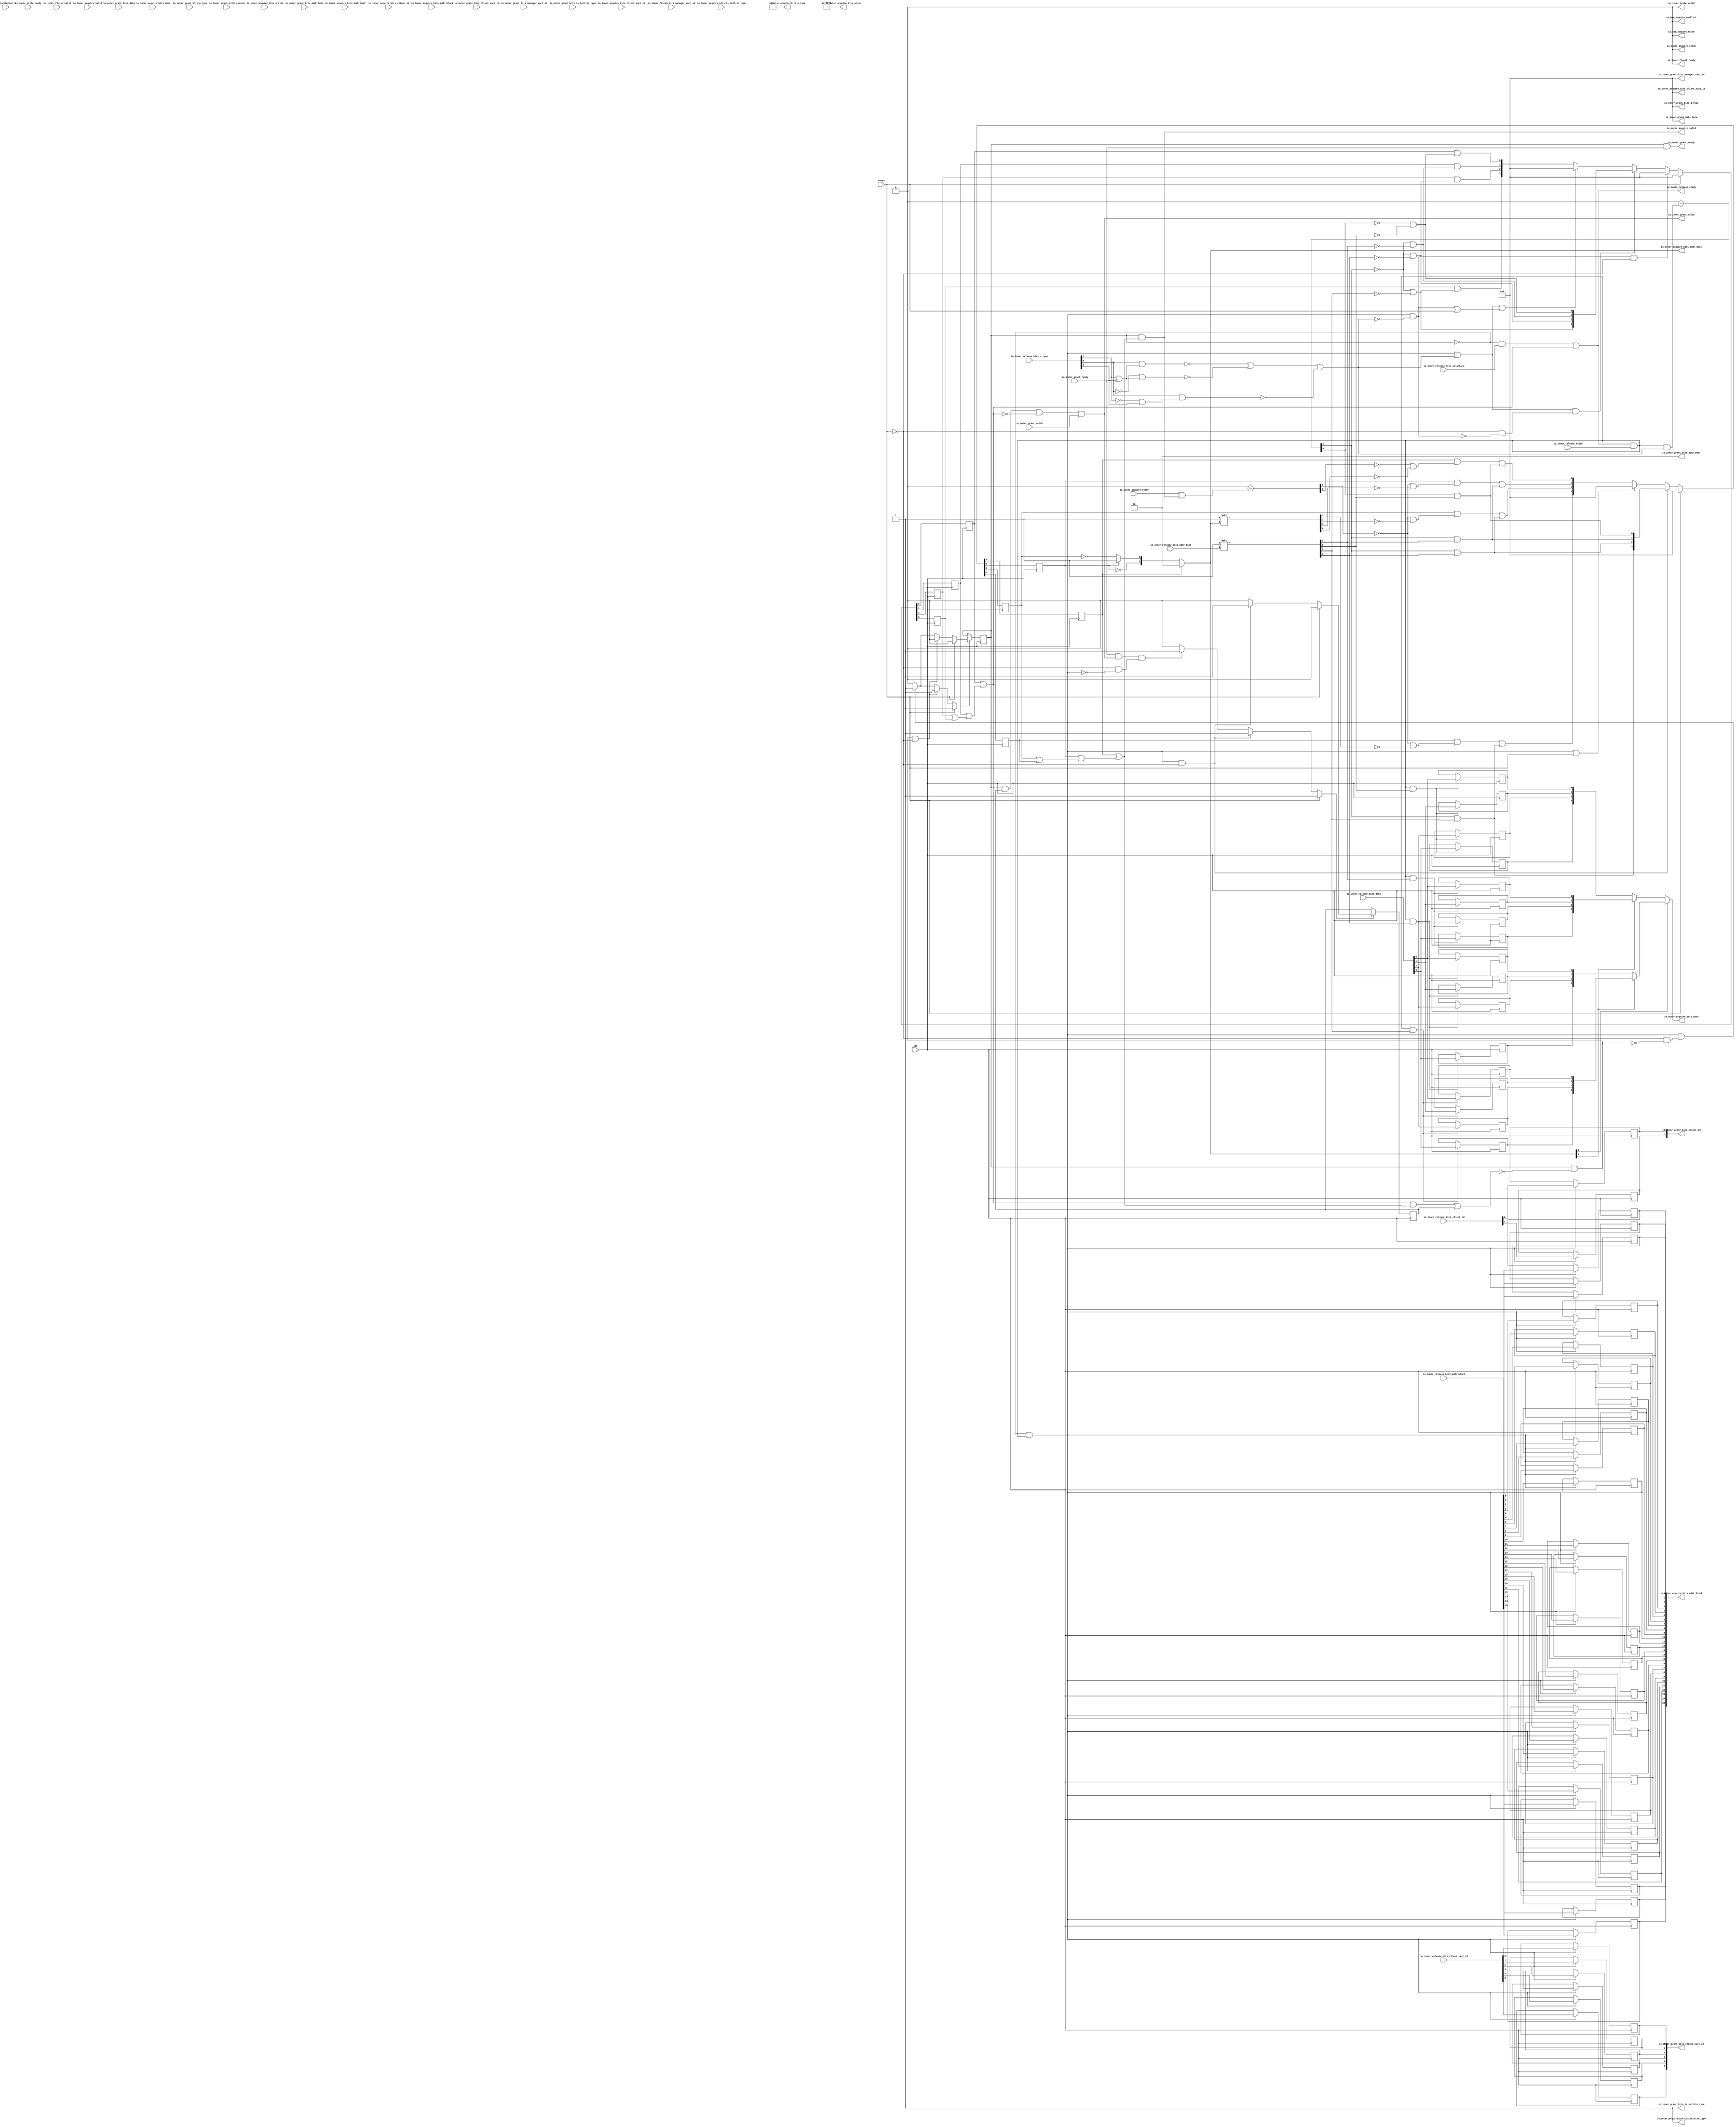
// This program was cloned from: https://github.com/NYU-MLDA/OpenABC
// License: BSD 3-Clause "New" or "Revised" License

module BroadcastVoluntaryReleaseTracker
(
  clk,
  reset,
  io_inner_acquire_ready,
  io_inner_acquire_valid,
  io_inner_acquire_bits_addr_block,
  io_inner_acquire_bits_client_xact_id,
  io_inner_acquire_bits_addr_beat,
  io_inner_acquire_bits_is_builtin_type,
  io_inner_acquire_bits_a_type,
  io_inner_acquire_bits_union,
  io_inner_acquire_bits_data,
  io_inner_acquire_bits_client_id,
  io_inner_grant_ready,
  io_inner_grant_valid,
  io_inner_grant_bits_addr_beat,
  io_inner_grant_bits_client_xact_id,
  io_inner_grant_bits_manager_xact_id,
  io_inner_grant_bits_is_builtin_type,
  io_inner_grant_bits_g_type,
  io_inner_grant_bits_data,
  io_inner_grant_bits_client_id,
  io_inner_finish_ready,
  io_inner_finish_valid,
  io_inner_finish_bits_manager_xact_id,
  io_inner_probe_ready,
  io_inner_probe_valid,
  io_inner_release_ready,
  io_inner_release_valid,
  io_inner_release_bits_addr_beat,
  io_inner_release_bits_addr_block,
  io_inner_release_bits_client_xact_id,
  io_inner_release_bits_voluntary,
  io_inner_release_bits_r_type,
  io_inner_release_bits_data,
  io_inner_release_bits_client_id,
  io_incoherent_0,
  io_outer_acquire_ready,
  io_outer_acquire_valid,
  io_outer_acquire_bits_addr_block,
  io_outer_acquire_bits_client_xact_id,
  io_outer_acquire_bits_addr_beat,
  io_outer_acquire_bits_is_builtin_type,
  io_outer_acquire_bits_a_type,
  io_outer_acquire_bits_union,
  io_outer_acquire_bits_data,
  io_outer_grant_ready,
  io_outer_grant_valid,
  io_outer_grant_bits_addr_beat,
  io_outer_grant_bits_client_xact_id,
  io_outer_grant_bits_manager_xact_id,
  io_outer_grant_bits_is_builtin_type,
  io_outer_grant_bits_g_type,
  io_outer_grant_bits_data,
  io_has_acquire_conflict,
  io_has_acquire_match
);

  input [25:0] io_inner_acquire_bits_addr_block;
  input [5:0] io_inner_acquire_bits_client_xact_id;
  input [1:0] io_inner_acquire_bits_addr_beat;
  input [2:0] io_inner_acquire_bits_a_type;
  input [16:0] io_inner_acquire_bits_union;
  input [3:0] io_inner_acquire_bits_data;
  input [1:0] io_inner_acquire_bits_client_id;
  output [1:0] io_inner_grant_bits_addr_beat;
  output [5:0] io_inner_grant_bits_client_xact_id;
  output [3:0] io_inner_grant_bits_manager_xact_id;
  output [3:0] io_inner_grant_bits_g_type;
  output [3:0] io_inner_grant_bits_data;
  output [1:0] io_inner_grant_bits_client_id;
  input [3:0] io_inner_finish_bits_manager_xact_id;
  input [1:0] io_inner_release_bits_addr_beat;
  input [25:0] io_inner_release_bits_addr_block;
  input [5:0] io_inner_release_bits_client_xact_id;
  input [2:0] io_inner_release_bits_r_type;
  input [3:0] io_inner_release_bits_data;
  input [1:0] io_inner_release_bits_client_id;
  output [25:0] io_outer_acquire_bits_addr_block;
  output [3:0] io_outer_acquire_bits_client_xact_id;
  output [1:0] io_outer_acquire_bits_addr_beat;
  output [2:0] io_outer_acquire_bits_a_type;
  output [16:0] io_outer_acquire_bits_union;
  output [3:0] io_outer_acquire_bits_data;
  input [1:0] io_outer_grant_bits_addr_beat;
  input [3:0] io_outer_grant_bits_client_xact_id;
  input [3:0] io_outer_grant_bits_g_type;
  input [3:0] io_outer_grant_bits_data;
  input clk;
  input reset;
  input io_inner_acquire_valid;
  input io_inner_acquire_bits_is_builtin_type;
  input io_inner_grant_ready;
  input io_inner_finish_valid;
  input io_inner_probe_ready;
  input io_inner_release_valid;
  input io_inner_release_bits_voluntary;
  input io_incoherent_0;
  input io_outer_acquire_ready;
  input io_outer_grant_valid;
  input io_outer_grant_bits_manager_xact_id;
  input io_outer_grant_bits_is_builtin_type;
  output io_inner_acquire_ready;
  output io_inner_grant_valid;
  output io_inner_grant_bits_is_builtin_type;
  output io_inner_finish_ready;
  output io_inner_probe_valid;
  output io_inner_release_ready;
  output io_outer_acquire_valid;
  output io_outer_acquire_bits_is_builtin_type;
  output io_outer_grant_ready;
  output io_has_acquire_conflict;
  output io_has_acquire_match;
  wire [1:0] io_inner_grant_bits_addr_beat,io_outer_acquire_bits_addr_beat,T158;
  wire [3:0] io_inner_grant_bits_manager_xact_id,io_inner_grant_bits_g_type,
  io_inner_grant_bits_data,io_outer_acquire_bits_client_xact_id,io_outer_acquire_bits_data,T46,T21,
  T32,T22,T23,T33,T36,T34,T35,T47,T72,T59,T60,T63,T61,T62,T75,T73,T74,T109,T97,
  T101;
  wire [2:0] io_outer_acquire_bits_a_type;
  wire [16:0] io_outer_acquire_bits_union;
  wire io_inner_acquire_ready,io_inner_grant_valid,io_inner_grant_bits_is_builtin_type,
  io_inner_finish_ready,io_inner_probe_valid,io_inner_release_ready,
  io_outer_acquire_valid,io_outer_acquire_bits_is_builtin_type,io_outer_grant_ready,
  io_has_acquire_conflict,io_has_acquire_match,N0,N1,N2,N3,N4,N5,N6,N7,N8,T13,T10,T11,
  all_pending_done,T14,T18,T17,T24_0,T31,T26,T28,T37_0,T45,T39,T40,T42,T48_0,T55,T50,T52,
  T90,T84,T64_0,T71,T66,T68,T76_0,T83,T78,T80,T85,T87,T91,N9,N10,T99,T103,T105,N11,
  N12,N13,T111,T114,T132,T144,T146,N14,N15,N16,N17,N18,N19,N20,N21,N22,N23,N24,
  N25,N26,N27,N28,N29,N30,N31,N32,N33,N34,N35,N36,N37,N38,N39,N40,N41,N42,N43,N44,
  N45,N46,N47,N48,N49,N50,N51,N52,N53,N54,N55,N56,N57,N58,N59,N60,N61,N62,N63,N64,
  N65,N66,N67,N68,N69,N70,N71,N72,N73,N74,N75,N76,N77;
  wire [3:3] T24,T37,T48,T64,T76;
  wire [0:0] T151,T152,T153,T155,T156,T159;
  reg state,pending_ignt;
  reg [3:0] pending_writes,pending_irels,xact_data_buffer_0,xact_data_buffer_1,
  xact_data_buffer_2,xact_data_buffer_3;
  reg [25:0] io_outer_acquire_bits_addr_block;
  reg [1:0] io_inner_grant_bits_client_id;
  reg [5:0] io_inner_grant_bits_client_xact_id;
  assign io_inner_grant_bits_is_builtin_type = 1'b1;
  assign io_outer_acquire_bits_is_builtin_type = 1'b1;
  assign io_outer_acquire_bits_a_type[0] = 1'b1;
  assign io_outer_acquire_bits_a_type[1] = 1'b1;
  assign io_outer_acquire_bits_union[0] = 1'b1;
  assign io_outer_acquire_bits_union[1] = 1'b1;
  assign io_outer_acquire_bits_union[2] = 1'b1;
  assign io_outer_acquire_bits_union[3] = 1'b1;
  assign io_outer_acquire_bits_union[4] = 1'b1;
  assign io_outer_acquire_bits_union[5] = 1'b1;
  assign io_outer_acquire_bits_union[6] = 1'b1;
  assign io_outer_acquire_bits_union[7] = 1'b1;
  assign io_outer_acquire_bits_union[8] = 1'b1;
  assign io_outer_acquire_bits_union[9] = 1'b1;
  assign io_outer_acquire_bits_union[10] = 1'b1;
  assign io_outer_acquire_bits_union[11] = 1'b1;
  assign io_outer_acquire_bits_union[12] = 1'b1;
  assign io_outer_acquire_bits_union[13] = 1'b1;
  assign io_outer_acquire_bits_union[14] = 1'b1;
  assign io_outer_acquire_bits_union[15] = 1'b1;
  assign io_outer_acquire_bits_union[16] = 1'b1;
  assign io_inner_acquire_ready = 1'b0;
  assign io_inner_grant_bits_addr_beat[0] = 1'b0;
  assign io_inner_grant_bits_addr_beat[1] = 1'b0;
  assign io_inner_grant_bits_manager_xact_id[0] = 1'b0;
  assign io_inner_grant_bits_manager_xact_id[1] = 1'b0;
  assign io_inner_grant_bits_manager_xact_id[2] = 1'b0;
  assign io_inner_grant_bits_manager_xact_id[3] = 1'b0;
  assign io_inner_grant_bits_g_type[0] = 1'b0;
  assign io_inner_grant_bits_g_type[1] = 1'b0;
  assign io_inner_grant_bits_g_type[2] = 1'b0;
  assign io_inner_grant_bits_g_type[3] = 1'b0;
  assign io_inner_grant_bits_data[0] = 1'b0;
  assign io_inner_grant_bits_data[1] = 1'b0;
  assign io_inner_grant_bits_data[2] = 1'b0;
  assign io_inner_grant_bits_data[3] = 1'b0;
  assign io_inner_finish_ready = 1'b0;
  assign io_inner_probe_valid = 1'b0;
  assign io_outer_acquire_bits_client_xact_id[0] = 1'b0;
  assign io_outer_acquire_bits_client_xact_id[1] = 1'b0;
  assign io_outer_acquire_bits_client_xact_id[2] = 1'b0;
  assign io_outer_acquire_bits_client_xact_id[3] = 1'b0;
  assign io_outer_acquire_bits_a_type[2] = 1'b0;
  assign io_has_acquire_conflict = 1'b0;
  assign io_has_acquire_match = 1'b0;
  assign T23 = { 1'b0, 1'b0, 1'b0, 1'b1 } << io_inner_release_bits_addr_beat;
  assign T35 = { 1'b0, 1'b0, 1'b0, 1'b1 } << io_outer_acquire_bits_addr_beat;
  assign T47 = { 1'b0, 1'b0, 1'b0, 1'b1 } << io_inner_release_bits_addr_beat;
  assign T62 = { 1'b0, 1'b0, 1'b0, 1'b1 } << io_inner_release_bits_addr_beat;
  assign T74 = { 1'b0, 1'b0, 1'b0, 1'b1 } << io_inner_release_bits_addr_beat;
  assign T101 = { 1'b0, 1'b0, 1'b0, 1'b1 } << io_inner_release_bits_addr_beat;

  always @(posedge clk) begin
    if(N17) begin
      state <= N18;
    end 
  end


  always @(posedge clk) begin
    if(N22) begin
      pending_ignt <= N23;
    end 
  end


  always @(posedge clk) begin
    if(1'b1) begin
      pending_writes[3] <= N29;
    end 
  end


  always @(posedge clk) begin
    if(1'b1) begin
      pending_writes[2] <= N28;
    end 
  end


  always @(posedge clk) begin
    if(1'b1) begin
      pending_writes[1] <= N27;
    end 
  end


  always @(posedge clk) begin
    if(1'b1) begin
      pending_writes[0] <= N26;
    end 
  end


  always @(posedge clk) begin
    if(1'b1) begin
      pending_irels[3] <= N36;
    end 
  end


  always @(posedge clk) begin
    if(1'b1) begin
      pending_irels[2] <= N35;
    end 
  end


  always @(posedge clk) begin
    if(1'b1) begin
      pending_irels[1] <= N34;
    end 
  end


  always @(posedge clk) begin
    if(1'b1) begin
      pending_irels[0] <= N33;
    end 
  end


  always @(posedge clk) begin
    if(T99) begin
      xact_data_buffer_0[3] <= io_inner_release_bits_data[3];
    end 
  end


  always @(posedge clk) begin
    if(T99) begin
      xact_data_buffer_0[2] <= io_inner_release_bits_data[2];
    end 
  end


  always @(posedge clk) begin
    if(T99) begin
      xact_data_buffer_0[1] <= io_inner_release_bits_data[1];
    end 
  end


  always @(posedge clk) begin
    if(T99) begin
      xact_data_buffer_0[0] <= io_inner_release_bits_data[0];
    end 
  end


  always @(posedge clk) begin
    if(T105) begin
      xact_data_buffer_1[3] <= io_inner_release_bits_data[3];
    end 
  end


  always @(posedge clk) begin
    if(T105) begin
      xact_data_buffer_1[2] <= io_inner_release_bits_data[2];
    end 
  end


  always @(posedge clk) begin
    if(T105) begin
      xact_data_buffer_1[1] <= io_inner_release_bits_data[1];
    end 
  end


  always @(posedge clk) begin
    if(T105) begin
      xact_data_buffer_1[0] <= io_inner_release_bits_data[0];
    end 
  end


  always @(posedge clk) begin
    if(T111) begin
      xact_data_buffer_2[3] <= io_inner_release_bits_data[3];
    end 
  end


  always @(posedge clk) begin
    if(T111) begin
      xact_data_buffer_2[2] <= io_inner_release_bits_data[2];
    end 
  end


  always @(posedge clk) begin
    if(T111) begin
      xact_data_buffer_2[1] <= io_inner_release_bits_data[1];
    end 
  end


  always @(posedge clk) begin
    if(T111) begin
      xact_data_buffer_2[0] <= io_inner_release_bits_data[0];
    end 
  end


  always @(posedge clk) begin
    if(T114) begin
      xact_data_buffer_3[3] <= io_inner_release_bits_data[3];
    end 
  end


  always @(posedge clk) begin
    if(T114) begin
      xact_data_buffer_3[2] <= io_inner_release_bits_data[2];
    end 
  end


  always @(posedge clk) begin
    if(T114) begin
      xact_data_buffer_3[1] <= io_inner_release_bits_data[1];
    end 
  end


  always @(posedge clk) begin
    if(T114) begin
      xact_data_buffer_3[0] <= io_inner_release_bits_data[0];
    end 
  end


  always @(posedge clk) begin
    if(T10) begin
      io_outer_acquire_bits_addr_block[25] <= io_inner_release_bits_addr_block[25];
    end 
  end


  always @(posedge clk) begin
    if(T10) begin
      io_outer_acquire_bits_addr_block[24] <= io_inner_release_bits_addr_block[24];
    end 
  end


  always @(posedge clk) begin
    if(T10) begin
      io_outer_acquire_bits_addr_block[23] <= io_inner_release_bits_addr_block[23];
    end 
  end


  always @(posedge clk) begin
    if(T10) begin
      io_outer_acquire_bits_addr_block[22] <= io_inner_release_bits_addr_block[22];
    end 
  end


  always @(posedge clk) begin
    if(T10) begin
      io_outer_acquire_bits_addr_block[21] <= io_inner_release_bits_addr_block[21];
    end 
  end


  always @(posedge clk) begin
    if(T10) begin
      io_outer_acquire_bits_addr_block[20] <= io_inner_release_bits_addr_block[20];
    end 
  end


  always @(posedge clk) begin
    if(T10) begin
      io_outer_acquire_bits_addr_block[19] <= io_inner_release_bits_addr_block[19];
    end 
  end


  always @(posedge clk) begin
    if(T10) begin
      io_outer_acquire_bits_addr_block[18] <= io_inner_release_bits_addr_block[18];
    end 
  end


  always @(posedge clk) begin
    if(T10) begin
      io_outer_acquire_bits_addr_block[17] <= io_inner_release_bits_addr_block[17];
    end 
  end


  always @(posedge clk) begin
    if(T10) begin
      io_outer_acquire_bits_addr_block[16] <= io_inner_release_bits_addr_block[16];
    end 
  end


  always @(posedge clk) begin
    if(T10) begin
      io_outer_acquire_bits_addr_block[15] <= io_inner_release_bits_addr_block[15];
    end 
  end


  always @(posedge clk) begin
    if(T10) begin
      io_outer_acquire_bits_addr_block[14] <= io_inner_release_bits_addr_block[14];
    end 
  end


  always @(posedge clk) begin
    if(T10) begin
      io_outer_acquire_bits_addr_block[13] <= io_inner_release_bits_addr_block[13];
    end 
  end


  always @(posedge clk) begin
    if(T10) begin
      io_outer_acquire_bits_addr_block[12] <= io_inner_release_bits_addr_block[12];
    end 
  end


  always @(posedge clk) begin
    if(T10) begin
      io_outer_acquire_bits_addr_block[11] <= io_inner_release_bits_addr_block[11];
    end 
  end


  always @(posedge clk) begin
    if(T10) begin
      io_outer_acquire_bits_addr_block[10] <= io_inner_release_bits_addr_block[10];
    end 
  end


  always @(posedge clk) begin
    if(T10) begin
      io_outer_acquire_bits_addr_block[9] <= io_inner_release_bits_addr_block[9];
    end 
  end


  always @(posedge clk) begin
    if(T10) begin
      io_outer_acquire_bits_addr_block[8] <= io_inner_release_bits_addr_block[8];
    end 
  end


  always @(posedge clk) begin
    if(T10) begin
      io_outer_acquire_bits_addr_block[7] <= io_inner_release_bits_addr_block[7];
    end 
  end


  always @(posedge clk) begin
    if(T10) begin
      io_outer_acquire_bits_addr_block[6] <= io_inner_release_bits_addr_block[6];
    end 
  end


  always @(posedge clk) begin
    if(T10) begin
      io_outer_acquire_bits_addr_block[5] <= io_inner_release_bits_addr_block[5];
    end 
  end


  always @(posedge clk) begin
    if(T10) begin
      io_outer_acquire_bits_addr_block[4] <= io_inner_release_bits_addr_block[4];
    end 
  end


  always @(posedge clk) begin
    if(T10) begin
      io_outer_acquire_bits_addr_block[3] <= io_inner_release_bits_addr_block[3];
    end 
  end


  always @(posedge clk) begin
    if(T10) begin
      io_outer_acquire_bits_addr_block[2] <= io_inner_release_bits_addr_block[2];
    end 
  end


  always @(posedge clk) begin
    if(T10) begin
      io_outer_acquire_bits_addr_block[1] <= io_inner_release_bits_addr_block[1];
    end 
  end


  always @(posedge clk) begin
    if(T10) begin
      io_outer_acquire_bits_addr_block[0] <= io_inner_release_bits_addr_block[0];
    end 
  end


  always @(posedge clk) begin
    if(T10) begin
      io_inner_grant_bits_client_id[1] <= io_inner_release_bits_client_id[1];
    end 
  end


  always @(posedge clk) begin
    if(T10) begin
      io_inner_grant_bits_client_id[0] <= io_inner_release_bits_client_id[0];
    end 
  end


  always @(posedge clk) begin
    if(T10) begin
      io_inner_grant_bits_client_xact_id[5] <= io_inner_release_bits_client_xact_id[5];
    end 
  end


  always @(posedge clk) begin
    if(T10) begin
      io_inner_grant_bits_client_xact_id[4] <= io_inner_release_bits_client_xact_id[4];
    end 
  end


  always @(posedge clk) begin
    if(T10) begin
      io_inner_grant_bits_client_xact_id[3] <= io_inner_release_bits_client_xact_id[3];
    end 
  end


  always @(posedge clk) begin
    if(T10) begin
      io_inner_grant_bits_client_xact_id[2] <= io_inner_release_bits_client_xact_id[2];
    end 
  end


  always @(posedge clk) begin
    if(T10) begin
      io_inner_grant_bits_client_xact_id[1] <= io_inner_release_bits_client_xact_id[1];
    end 
  end


  always @(posedge clk) begin
    if(T10) begin
      io_inner_grant_bits_client_xact_id[0] <= io_inner_release_bits_client_xact_id[0];
    end 
  end

  assign N51 = ~io_inner_release_bits_r_type[1];
  assign N52 = N51 | io_inner_release_bits_r_type[2];
  assign N53 = io_inner_release_bits_r_type[0] | N52;
  assign N54 = ~N53;
  assign N55 = io_inner_release_bits_r_type[1] | io_inner_release_bits_r_type[2];
  assign N56 = io_inner_release_bits_r_type[0] | N55;
  assign N57 = ~N56;
  assign N58 = ~io_inner_release_bits_r_type[0];
  assign N59 = N58 | N55;
  assign N60 = ~N59;
  assign N61 = pending_irels[2] | pending_irels[3];
  assign N62 = pending_irels[1] | N61;
  assign N63 = pending_irels[0] | N62;
  assign N64 = ~N63;
  assign N65 = ~state;
  assign N66 = pending_irels[2] | pending_irels[3];
  assign N67 = pending_irels[1] | N66;
  assign N68 = pending_irels[0] | N67;
  assign N69 = pending_writes[2] | pending_writes[3];
  assign N70 = pending_writes[1] | N69;
  assign N71 = pending_writes[0] | N70;
  assign N72 = pending_writes[2] | pending_writes[3];
  assign N73 = pending_writes[1] | N72;
  assign N74 = pending_writes[0] | N73;
  assign N75 = pending_irels[2] | pending_irels[3];
  assign N76 = pending_irels[1] | N75;
  assign N77 = pending_irels[0] | N76;
  assign { T37[3:3], T37_0 } = 1'b0 - T152[0];
  assign { T24[3:3], T24_0 } = 1'b0 - T151[0];
  assign { T48[3:3], T48_0 } = 1'b0 - T153[0];
  assign { T64[3:3], T64_0 } = 1'b0 - T155[0];
  assign { T76[3:3], T76_0 } = 1'b0 - T156[0];
  assign io_outer_acquire_bits_data = (N0)? T109 : 
                                      (N1)? T97 : 1'b0;
  assign N0 = io_outer_acquire_bits_addr_beat[1];
  assign N1 = N9;
  assign T97 = (N2)? xact_data_buffer_1 : 
               (N3)? xact_data_buffer_0 : 1'b0;
  assign N2 = io_outer_acquire_bits_addr_beat[0];
  assign N3 = N10;
  assign io_outer_acquire_bits_addr_beat = (N4)? { 1'b0, 1'b0 } : 
                                           (N5)? T158 : 1'b0;
  assign N4 = pending_writes[0];
  assign N5 = N11;
  assign T158[0] = (N6)? 1'b1 : 
                   (N7)? T159[0] : 1'b0;
  assign N6 = pending_writes[1];
  assign N7 = T158[1];
  assign T109 = (N2)? xact_data_buffer_3 : 
                (N3)? xact_data_buffer_2 : 1'b0;
  assign N17 = (N8)? 1'b1 : 
               (N37)? 1'b1 : 
               (N40)? 1'b1 : 
               (N16)? 1'b0 : 1'b0;
  assign N8 = reset;
  assign N18 = (N8)? 1'b0 : 
               (N37)? 1'b0 : 
               (N40)? 1'b1 : 1'b0;
  assign N22 = (N8)? 1'b1 : 
               (N41)? 1'b1 : 
               (N44)? 1'b1 : 
               (N21)? 1'b0 : 1'b0;
  assign N23 = (N8)? 1'b0 : 
               (N41)? 1'b1 : 
               (N44)? 1'b0 : 1'b0;
  assign { N29, N28, N27, N26 } = (N8)? { 1'b0, 1'b0, 1'b0, 1'b0 } : 
                                  (N46)? T46 : 
                                  (N25)? T21 : 1'b0;
  assign { N36, N35, N34, N33 } = (N8)? { 1'b0, 1'b0, 1'b0, 1'b0 } : 
                                  (N47)? { 1'b0, 1'b0, 1'b0, 1'b0 } : 
                                  (N50)? T72 : 
                                  (N32)? T59 : 1'b0;
  assign T10 = N65 & T11;
  assign T11 = io_inner_release_ready & io_inner_release_valid;
  assign T13 = state & all_pending_done;
  assign all_pending_done = ~T14;
  assign T14 = T18 | pending_ignt;
  assign T17 = io_inner_grant_ready & io_inner_grant_valid;
  assign T18 = N68 | N71;
  assign T21[3] = T32[3] | T22[3];
  assign T21[2] = T32[2] | T22[2];
  assign T21[1] = T32[1] | T22[1];
  assign T21[0] = T32[0] | T22[0];
  assign T22[3] = T24[3] & T23[3];
  assign T22[2] = T24[3] & T23[2];
  assign T22[1] = T24[3] & T23[1];
  assign T22[0] = T24_0 & T23[0];
  assign T151[0] = T31 & T26;
  assign T26 = T28 | N54;
  assign T28 = N57 | N60;
  assign T31 = io_inner_release_ready & io_inner_release_valid;
  assign T32[3] = pending_writes[3] & T33[3];
  assign T32[2] = pending_writes[2] & T33[2];
  assign T32[1] = pending_writes[1] & T33[1];
  assign T32[0] = pending_writes[0] & T33[0];
  assign T33[3] = T36[3] | T34[3];
  assign T33[2] = T36[2] | T34[2];
  assign T33[1] = T36[1] | T34[1];
  assign T33[0] = T36[0] | T34[0];
  assign T34[3] = ~T35[3];
  assign T34[2] = ~T35[2];
  assign T34[1] = ~T35[1];
  assign T34[0] = ~T35[0];
  assign T36[3] = ~T37[3];
  assign T36[2] = ~T37[3];
  assign T36[1] = ~T37[3];
  assign T36[0] = ~T37_0;
  assign T152[0] = T45 & T39;
  assign T39 = 1'b1 & T40;
  assign T40 = T42 | 1'b0;
  assign T42 = 1'b0 | 1'b1;
  assign T45 = io_outer_acquire_ready & io_outer_acquire_valid;
  assign T46[3] = T48[3] & T47[3];
  assign T46[2] = T48[3] & T47[2];
  assign T46[1] = T48[3] & T47[1];
  assign T46[0] = T48_0 & T47[0];
  assign T153[0] = T55 & T50;
  assign T50 = T52 | N54;
  assign T52 = N57 | N60;
  assign T55 = io_inner_release_ready & io_inner_release_valid;
  assign T59[3] = pending_irels[3] & T60[3];
  assign T59[2] = pending_irels[2] & T60[2];
  assign T59[1] = pending_irels[1] & T60[1];
  assign T59[0] = pending_irels[0] & T60[0];
  assign T60[3] = T63[3] | T61[3];
  assign T60[2] = T63[2] | T61[2];
  assign T60[1] = T63[1] | T61[1];
  assign T60[0] = T63[0] | T61[0];
  assign T61[3] = ~T62[3];
  assign T61[2] = ~T62[2];
  assign T61[1] = ~T62[1];
  assign T61[0] = ~T62[0];
  assign T63[3] = ~T64[3];
  assign T63[2] = ~T64[3];
  assign T63[1] = ~T64[3];
  assign T63[0] = ~T64_0;
  assign T155[0] = T71 & T66;
  assign T66 = T68 | N54;
  assign T68 = N57 | N60;
  assign T71 = io_inner_release_ready & io_inner_release_valid;
  assign T72[3] = T75[3] | T73[3];
  assign T72[2] = T75[2] | T73[2];
  assign T72[1] = T75[1] | T73[1];
  assign T72[0] = T75[0] | T73[0];
  assign T73[3] = ~T74[3];
  assign T73[2] = ~T74[2];
  assign T73[1] = ~T74[1];
  assign T73[0] = ~T74[0];
  assign T75[3] = ~T76[3];
  assign T75[2] = ~T76[3];
  assign T75[1] = ~T76[3];
  assign T75[0] = ~T76_0;
  assign T156[0] = T83 & T78;
  assign T78 = T80 | N54;
  assign T80 = N57 | N60;
  assign T83 = io_inner_release_ready & io_inner_release_valid;
  assign T84 = T10 & T85;
  assign T85 = T87 | N54;
  assign T87 = N57 | N60;
  assign T90 = T10 & T91;
  assign T91 = ~T85;
  assign io_outer_grant_ready = state & io_inner_grant_ready;
  assign N9 = ~io_outer_acquire_bits_addr_beat[1];
  assign N10 = ~io_outer_acquire_bits_addr_beat[0];
  assign T99 = T103 & T101[0];
  assign T103 = io_inner_release_ready & io_inner_release_valid;
  assign T105 = T103 & T101[1];
  assign N11 = ~pending_writes[0];
  assign N12 = ~pending_writes[1];
  assign T158[1] = N12;
  assign N13 = ~pending_writes[2];
  assign T159[0] = N13;
  assign T111 = T103 & T101[2];
  assign T114 = T103 & T101[3];
  assign io_outer_acquire_valid = state & N74;
  assign io_inner_release_ready = T132 | N77;
  assign T132 = N65 & io_inner_release_bits_voluntary;
  assign io_inner_grant_valid = T144 & io_outer_grant_valid;
  assign T144 = T146 & N64;
  assign T146 = state & pending_ignt;
  assign N14 = T13 | reset;
  assign N15 = T10 | N14;
  assign N16 = ~N15;
  assign N19 = T10 | reset;
  assign N20 = T17 | N19;
  assign N21 = ~N20;
  assign N24 = T10 | reset;
  assign N25 = ~N24;
  assign N30 = T90 | reset;
  assign N31 = T84 | N30;
  assign N32 = ~N31;
  assign N37 = T13 & N45;
  assign N38 = ~T13;
  assign N39 = N45 & N38;
  assign N40 = T10 & N39;
  assign N41 = T10 & N45;
  assign N42 = ~T10;
  assign N43 = N45 & N42;
  assign N44 = T17 & N43;
  assign N45 = ~reset;
  assign N46 = T10 & N45;
  assign N47 = T90 & N45;
  assign N48 = ~T90;
  assign N49 = N45 & N48;
  assign N50 = T84 & N49;

endmodule